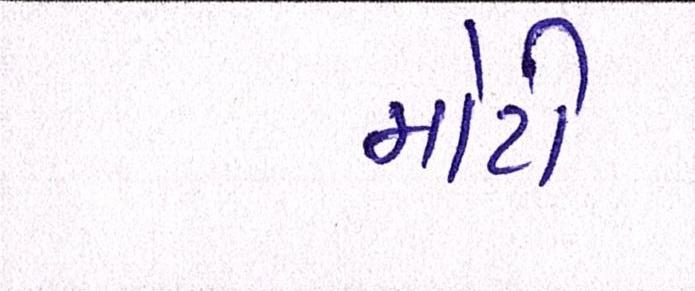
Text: મોટી